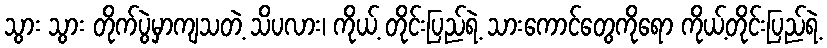
သွား သွား တိုက်ပွဲမှာကျသတဲ့ သိပလား၊ ကိုယ့် တိုင်းပြည်ရဲ့ သားကောင်တွေကိုရော ကိုယ့်တိုင်းပြည်ရဲ့